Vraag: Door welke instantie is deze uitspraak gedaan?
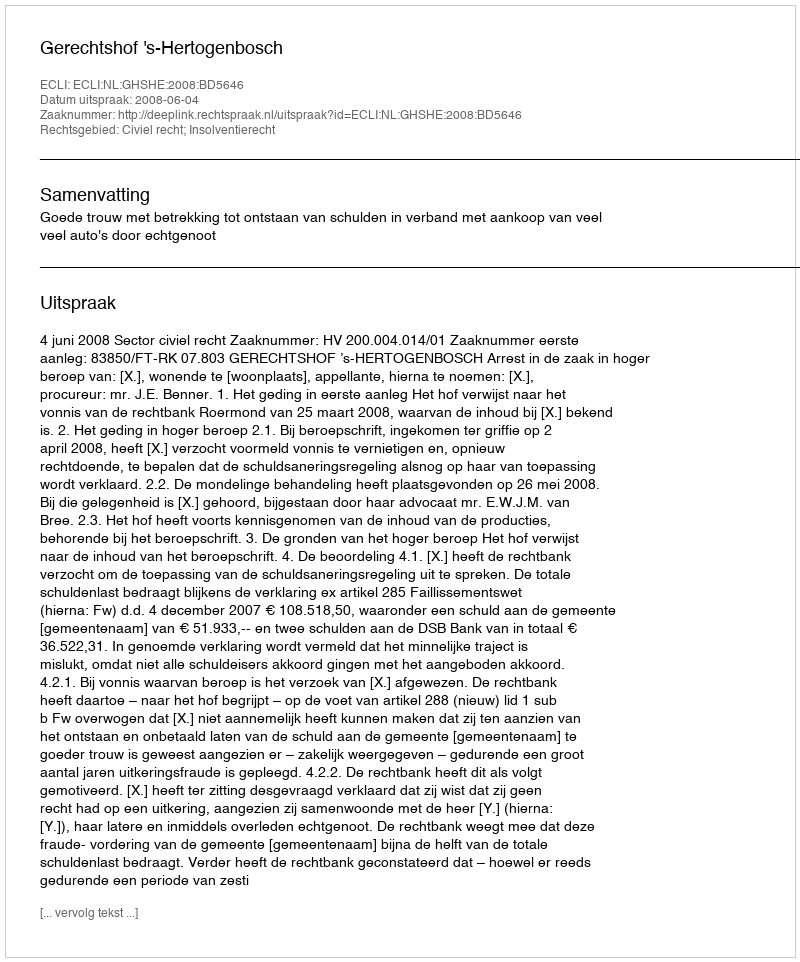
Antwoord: Gerechtshof 's-Hertogenbosch